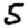
Digit: 5